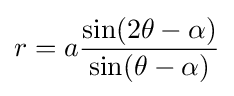
r=a{\frac {\sin(2\theta -\alpha )}{\sin(\theta -\alpha )}}